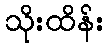
သိုးထိန်း